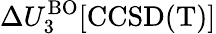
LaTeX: \Delta U_{3}^{\mathrm{BO}}[\mathrm{CCSD(T)}]